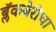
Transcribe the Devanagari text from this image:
ब्लॅकबेरीचा